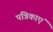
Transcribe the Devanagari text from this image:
पत्रिकाएं